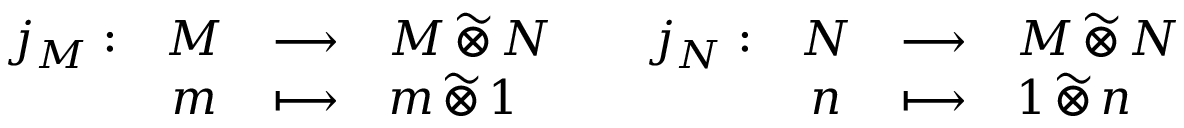
\begin{array} { r c l l } { j _ { M } : } & { M } & { \longrightarrow } & { M \, \widetilde { \otimes } \, N } \\ & { m } & { \longmapsto } & { m \, \widetilde { \otimes } \, 1 } \end{array} \quad \begin{array} { r c l l } { j _ { N } : } & { N } & { \longrightarrow } & { M \, \widetilde { \otimes } \, N } \\ & { n } & { \longmapsto } & { 1 \, \widetilde { \otimes } \, n } \end{array}